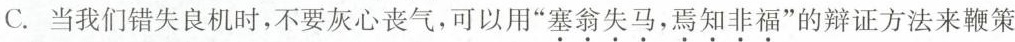
C.当我们错失良机时，不要灰心丧气，可以用”塞翁失马，焉知非福”的辩证方法来鞭策